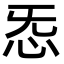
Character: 㤅